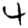
Digit: 4